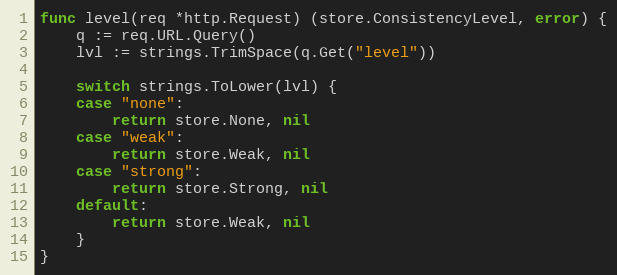
Language: Go
func level(req *http.Request) (store.ConsistencyLevel, error) {
	q := req.URL.Query()
	lvl := strings.TrimSpace(q.Get("level"))

	switch strings.ToLower(lvl) {
	case "none":
		return store.None, nil
	case "weak":
		return store.Weak, nil
	case "strong":
		return store.Strong, nil
	default:
		return store.Weak, nil
	}
}